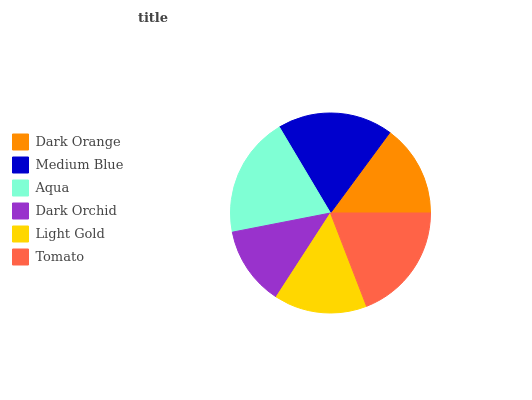
| Dark Orange | Medium Blue | Aqua | Dark Orchid | Light Gold | Tomato |
 | --- | --- | --- | --- | --- | --- |
 | 14.9% | 18.6% | 19.6% | 12.8% | 15% | 19.1% |